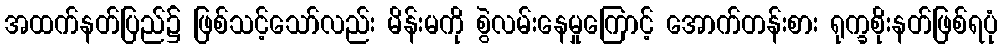
အထက်နတ်ပြည်၌ ဖြစ်သင့်သော်လည်း မိန်းမကို စွဲလမ်းနေမှုကြောင့် အောက်တန်းစား ရုက္ခစိုးနတ်ဖြစ်ရပုံ